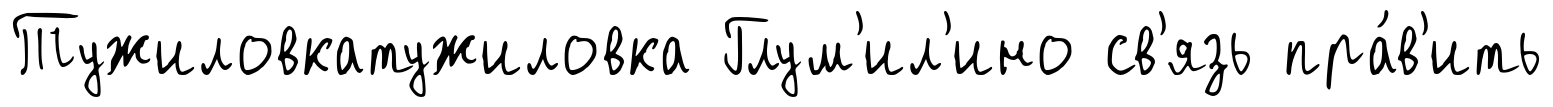
Тужиловкатужиловка Глум'ил'ино св'язь пра́в'ить